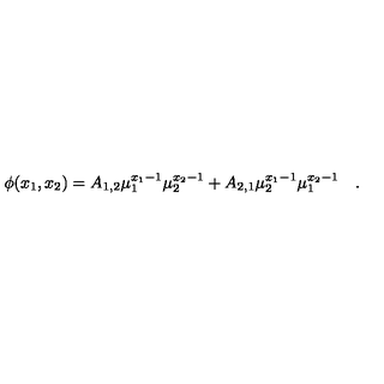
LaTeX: \phi ( x _ { 1 } , x _ { 2 } ) = A _ { 1 , 2 } \mu _ { 1 } ^ { x _ { 1 } - 1 } \mu _ { 2 } ^ { x _ { 2 } - 1 } + A _ { 2 , 1 } \mu _ { 2 } ^ { x _ { 1 } - 1 } \mu _ { 1 } ^ { x _ { 2 } - 1 } \quad .